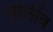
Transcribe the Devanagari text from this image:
सोलींव